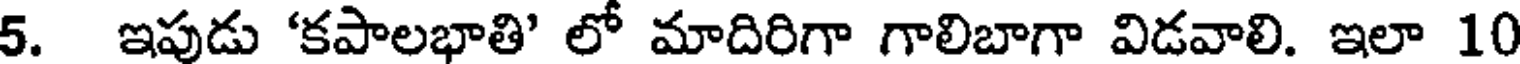
5. ఇపుడు 'కపాలభాతి' లో మాదిరిగా గాలిబాగా విడవాలి. ఇలా 10